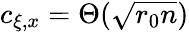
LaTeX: c_{\xi,x}=\Theta(\sqrt{r_{0}n})